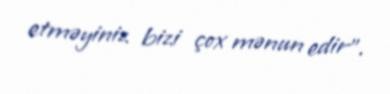
etməyiniz bizi çox mənun edir".